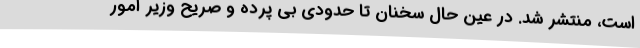
است، منتشر شد. در عین حال سخنان تا حدودی بی پرده و صریح وزیر امور